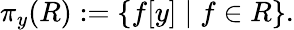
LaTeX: \pi_{y}(R):=\{ f[y]\mid f\in R\} .